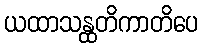
ယထာသန္ထတိကာတိပေ